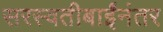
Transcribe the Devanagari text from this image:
सरस्वतीबाईंनंतर